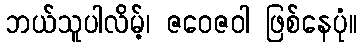
ဘယ်သူပါလိမ့်၊ ဇဝေဇဝါ ဖြစ်နေပုံ။